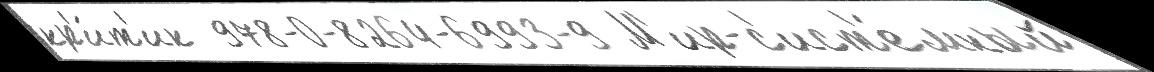
кр'и́т'ик  978-0-8264-6993-9 М'ир-с'ист'е́мный